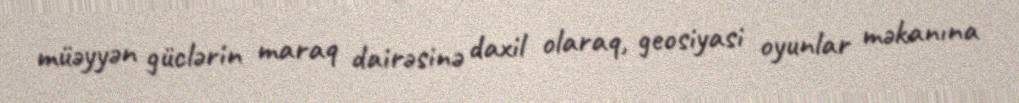
müəyyən güclərin maraq dairəsinə daxil olaraq, geosiyasi oyunlar məkanına